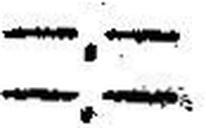
—.—